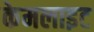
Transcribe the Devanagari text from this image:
केमलाइट